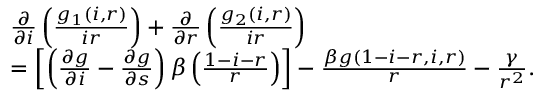
\begin{array} { r l } & { \frac { \partial } { \partial i } \left( \frac { g _ { 1 } ( i , r ) } { i r } \right) + \frac { \partial } { \partial r } \left( \frac { g _ { 2 } ( i , r ) } { i r } \right) } \\ & { = \left[ \left( \frac { \partial g } { \partial i } - \frac { \partial g } { \partial s } \right) \beta \left( \frac { 1 - i - r } { r } \right) \right] - \frac { \beta g ( 1 - i - r , i , r ) } { r } - \frac { \gamma } { r ^ { 2 } } . } \end{array}